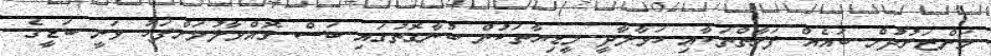
މަންޒަރުދުށް ބައެއް ފަރާތްތަކާއި ހަވާލާދީ މީޑިޔާތަކުން ބުނާގޮތުގައި ބަސް ގޮއްވާލުމަށްފަހު ވަނީ ބަޑީގެ